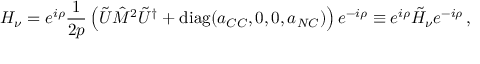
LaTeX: H _ { \nu } = e ^ { i \rho } \frac { 1 } { 2 p } \left( \tilde { U } \hat { M } ^ { 2 } \tilde { U } ^ { \dagger } + \mathrm { d i a g } ( a _ { C C } , 0 , 0 , a _ { N C } ) \right) e ^ { - i \rho } \equiv e ^ { i \rho } \tilde { H } _ { \nu } e ^ { - i \rho } \, ,